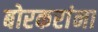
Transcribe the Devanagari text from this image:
बोरकरांना